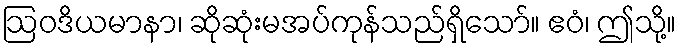
ဩဝဒိယမာနာ၊ ဆိုဆုံးမအပ်ကုန်သည်ရှိသော်။ ဧဝံ၊ ဤသို့။